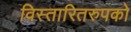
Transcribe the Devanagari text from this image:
विस्तारितरुपको